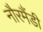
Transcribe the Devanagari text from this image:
नौरमैंडी